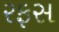
રફસ